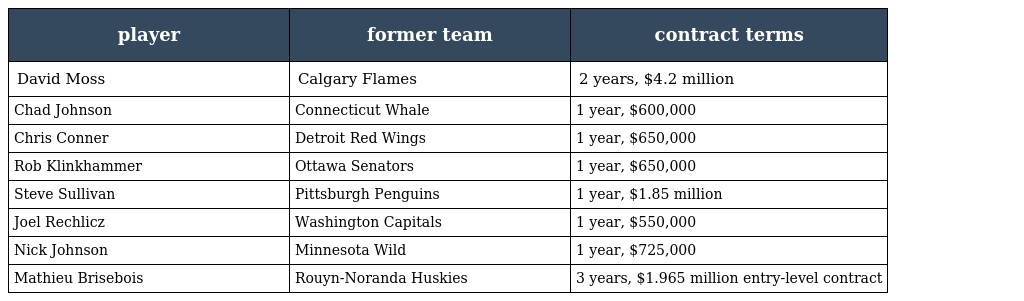
| player | former team | contract terms |
 | --- | --- | --- |
 | David Moss | Calgary Flames | 2 years, $4.2 million |
 | Chad Johnson | Connecticut Whale | 1 year, $600,000 |
 | Chris Conner | Detroit Red Wings | 1 year, $650,000 |
 | Rob Klinkhammer | Ottawa Senators | 1 year, $650,000 |
 | Steve Sullivan | Pittsburgh Penguins | 1 year, $1.85 million |
 | Joel Rechlicz | Washington Capitals | 1 year, $550,000 |
 | Nick Johnson | Minnesota Wild | 1 year, $725,000 |
 | Mathieu Brisebois | Rouyn-Noranda Huskies | 3 years, $1.965 million entry-level contract |